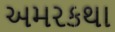
અમરકથા